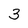
Character: 3